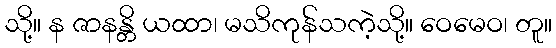
သို့။ န ဇာနန္တိ ယထာ၊ မသိကုန်သကဲ့သို့။ ဝေမေဝ၊ တူ။